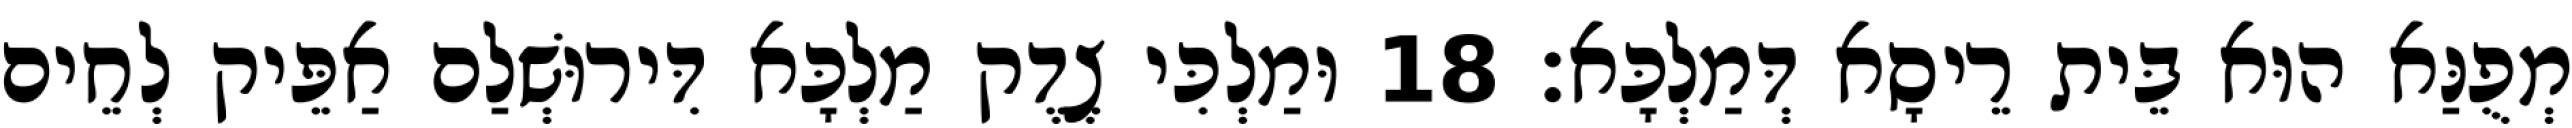
מְפֻנַּא הוּא בֵּית רֵיסָא דְּמַלְכָּא׃ 18 וּמַלְכִּי צֶדֶק מַלְכָּא דִּירוּשְׁלַם אַפֵּיק לְחֵים